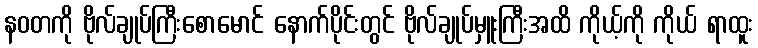
နဝတကို ဗိုလ်ချုပ်ကြီးစောမောင် နောက်ပိုင်းတွင် ဗိုလ်ချုပ်မှူးကြီးအထိ ကိုယ့်ကို ကိုယ် ရာထူး